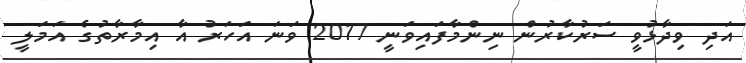
އަދި ވިދާޅުވީ ސަރުކާރުން ނިންމާފައިވަނީ 2017 ވަނަ އަހަރު އާ އިމާރާތުގެ އަމަލީ